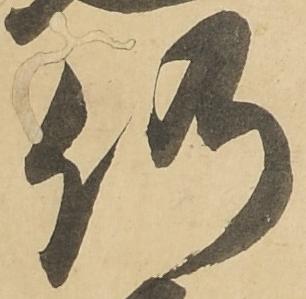
仍